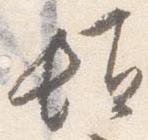
頓